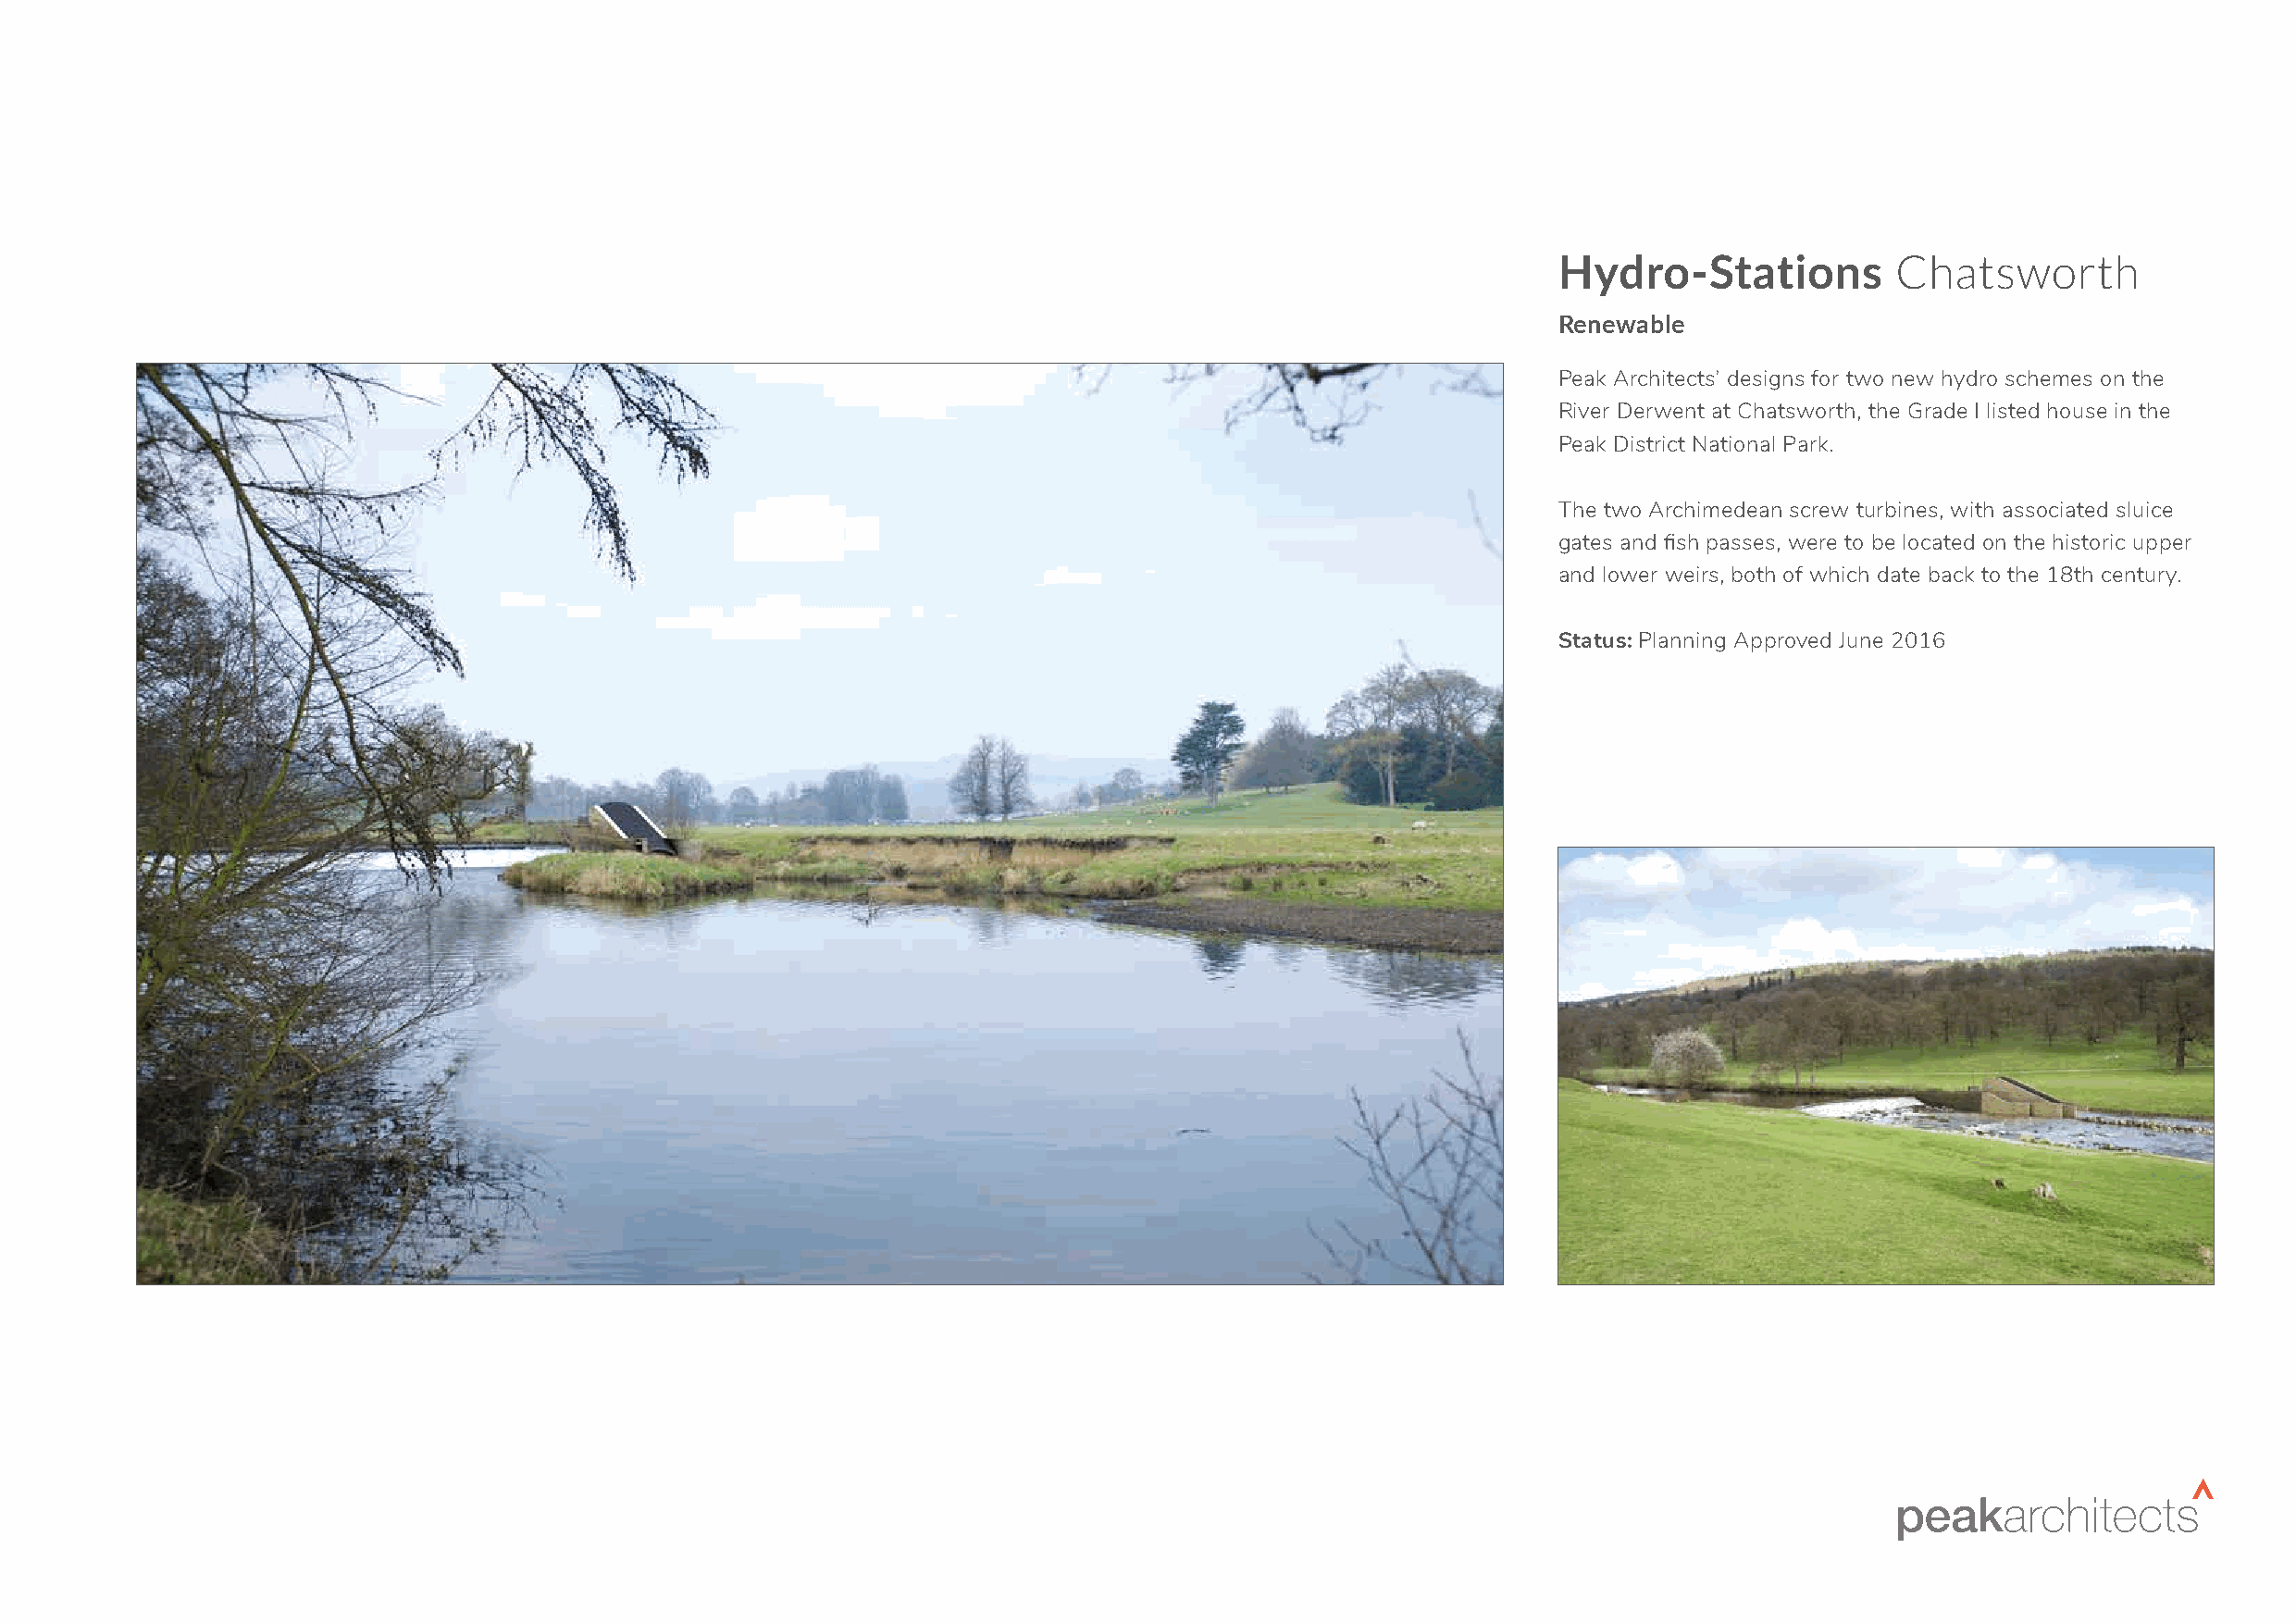
Hydro-Stations           Chatsworth
 Renewable
 Peak Architects’ designs for two new hydro schemes on the
 River Derwent at Chatsworth, the Grade I listed house in the
 Peak District National Park.
 The two Archimedean screw turbines, with associated sluice
 gates and fish passes, were to be located on the historic upper
 and lower weirs, both of which date back to the 18th century.
 Status: Planning Approved June 2016